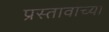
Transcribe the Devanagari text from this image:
प्रस्तावाच्या